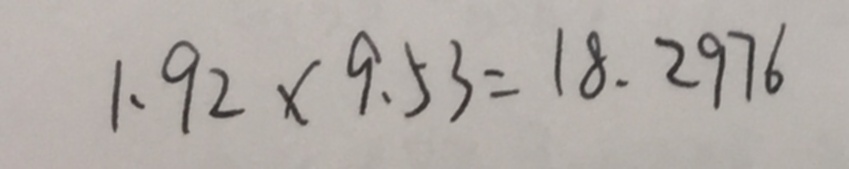
1 . 9 2 \times 9 . 5 3 = 1 8 . 2 9 7 6